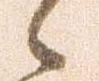
候